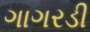
ગાગરડી